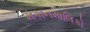
મકાનમાલિકો